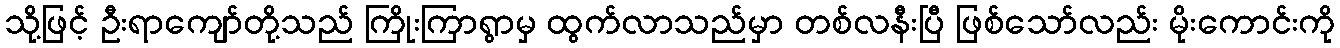
သို့ဖြင့် ဦးရာကျော်တို့သည် ကြိုးကြာရွာမှ ထွက်လာသည်မှာ တစ်လနီးပြီ ဖြစ်သော်လည်း မိုးကောင်းကို